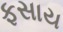
ફસાય